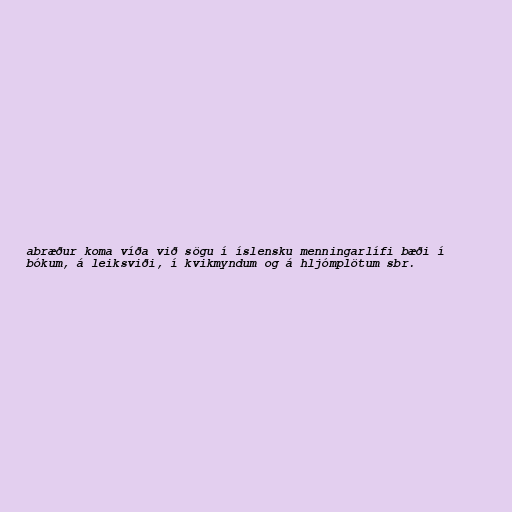
abræður koma víða við sögu í íslensku menningarlífi bæði í
bókum, á leiksviði, í kvikmyndum og á hljómplötum sbr.